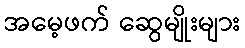
အမေ့ဖက် ဆွေမျိုးများ